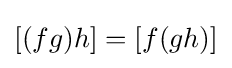
[(fg)h]=[f(gh)]